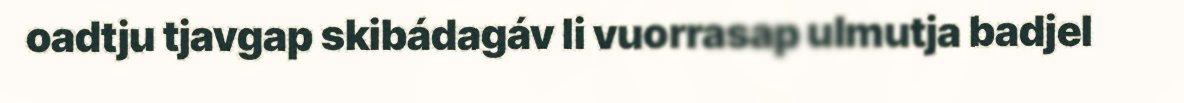
oadtju tjavgap skibádagáv li vuorrasap ulmutja badjel